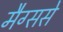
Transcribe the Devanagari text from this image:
मैग्ससे